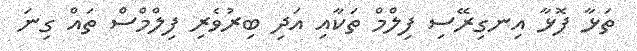
ތަޅާ ފޮޅާ އިނގިރޭސި ފިލްމް ތަކާއި އަދި ބިރުވެރި ފިލްމްސް ތައް ގިނަ